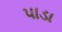
પાડા